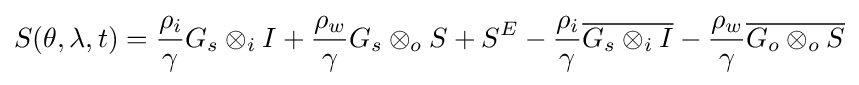
S(\theta ,\lambda ,t)={\frac {\rho _{i}}{\gamma }}G_{s}\otimes _{i}I+{\frac {\rho _{w}}{\gamma }}G_{s}\otimes _{o}S+S^{E}-{\frac {\rho _{i}}{\gamma }}{\overline {G_{s}\otimes _{i}I}}-{\frac {\rho _{w}}{\gamma }}{\overline {G_{o}\otimes _{o}S}}